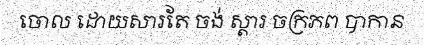
ចោល ដោយសារតែ ចង់ ស្តារ ចក្រភព បាកាន